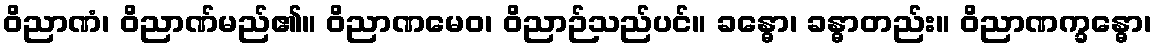
ဝိညာဏံ၊ ဝိညာဏ်မည်၏။ ဝိညာဏမေဝ၊ ဝိညာဉ်သည်ပင်။ ခန္ဓော၊ ခန္ဓာတည်း။ ဝိညာဏက္ခန္ဓော၊